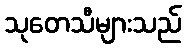
သုတေသီများသည်